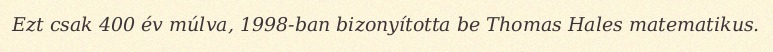
Ezt csak 400 év múlva, 1998-ban bizonyította be Thomas Hales matematikus.